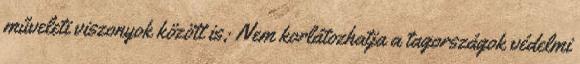
műveleti viszonyok között is; Nem korlátozhatja a tagországok védelmi